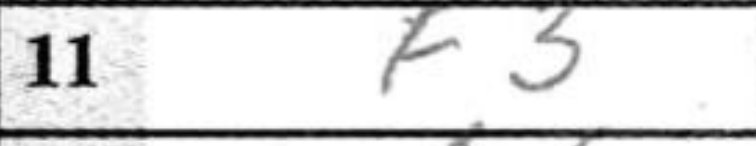
Transcription: f3